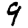
Digit: 9